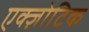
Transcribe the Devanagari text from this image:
एक्ज़ोटिक